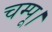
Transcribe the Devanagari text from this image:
चम्पू।